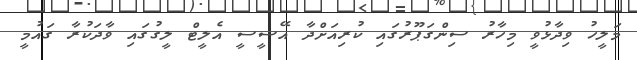
މަލީހު ވިދާޅުވީ މިހާރު ސިންގަޕޫރުގައި ކުރިއަށްދާ އޭސީސީ އެލީޓް ލީގުގައި ވާދަކުރާ ގައުމީ